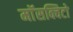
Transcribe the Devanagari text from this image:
माॅसक्विटो